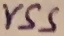
Text: VSS